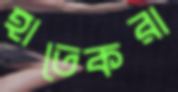
হাতেকরা